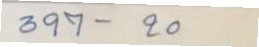
397 - 20